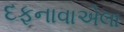
દફનાવાએલા